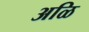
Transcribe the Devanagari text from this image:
अळि